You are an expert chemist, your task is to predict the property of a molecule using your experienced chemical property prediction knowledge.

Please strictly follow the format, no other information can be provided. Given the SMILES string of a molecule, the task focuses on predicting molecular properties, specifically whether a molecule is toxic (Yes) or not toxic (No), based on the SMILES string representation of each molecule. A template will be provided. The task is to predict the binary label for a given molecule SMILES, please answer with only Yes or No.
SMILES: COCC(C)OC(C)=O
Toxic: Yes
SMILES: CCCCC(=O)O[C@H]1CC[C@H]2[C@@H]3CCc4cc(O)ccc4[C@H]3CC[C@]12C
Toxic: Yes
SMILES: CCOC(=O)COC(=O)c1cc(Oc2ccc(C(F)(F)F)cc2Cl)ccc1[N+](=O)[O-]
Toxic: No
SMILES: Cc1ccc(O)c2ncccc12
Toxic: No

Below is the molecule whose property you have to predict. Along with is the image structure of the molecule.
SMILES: CCOC(=O)c1cc(-c2ccccc2)nc2ccc(C)cc12
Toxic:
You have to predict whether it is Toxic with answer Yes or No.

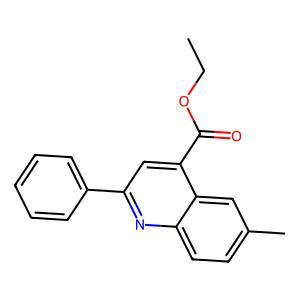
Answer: No